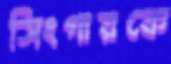
সিংগারকে